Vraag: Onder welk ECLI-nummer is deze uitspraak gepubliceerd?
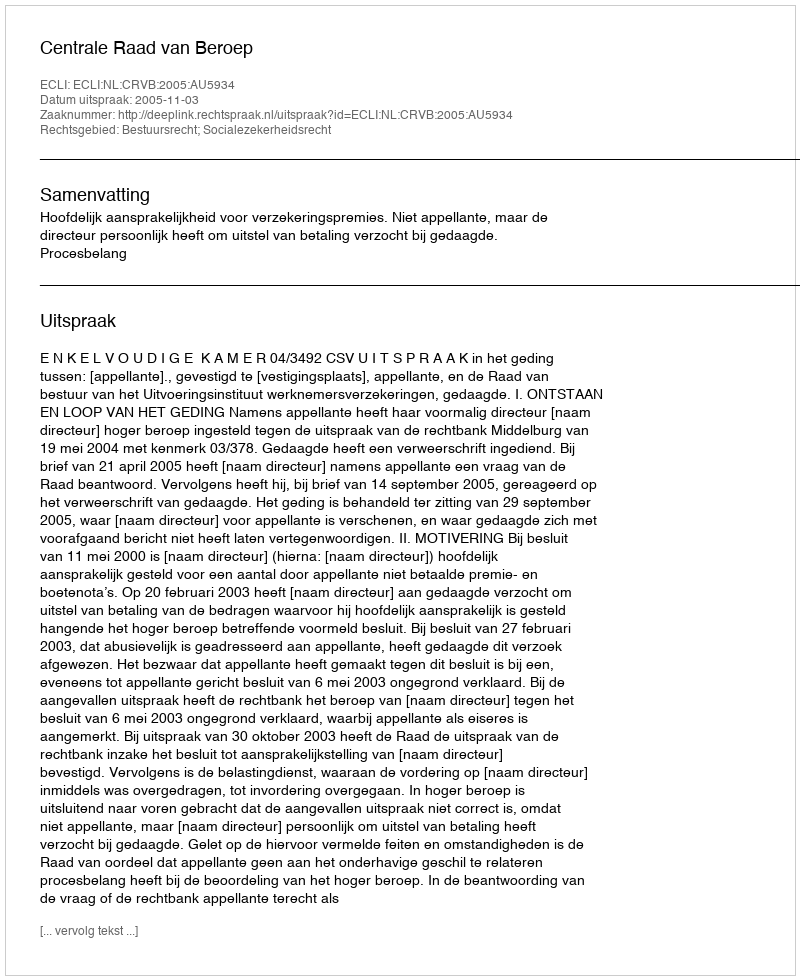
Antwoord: ECLI:NL:CRVB:2005:AU5934